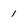
Character: 1